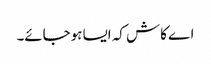
اے کاش کہ ایسا ہوجائے۔